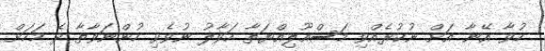
ހުވާ އޭނާ އަށް ނުކުރެއްވި މަސްއޫލިއްޔަތާ ހަވާލު ނުވެވި ހުންނަވާތާ ދެ މަހަށް